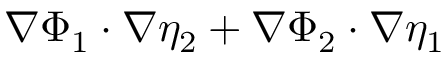
\nabla \Phi _ { 1 } \cdot \nabla \eta _ { 2 } + \nabla \Phi _ { 2 } \cdot \nabla \eta _ { 1 }